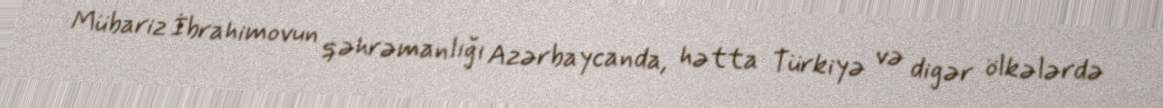
Mübariz İbrahimovun qəhrəmanlığı Azərbaycanda, hətta Türkiyə və digər ölkələrdə